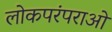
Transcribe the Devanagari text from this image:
लोकपरंपराओं